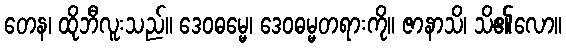
တေန၊ ထိုဘီလူးသည်။ ဒေဝဓမ္မေ၊ ဒေဝဓမ္မတရားကို။ ဇာနာသိ၊ သိ၏လော။